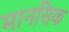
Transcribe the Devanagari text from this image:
मानसिक